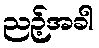
ညဉ့်အခါ